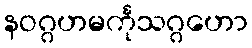
နဝဂ္ဂဟမင်္ကုသဂ္ဂဟော